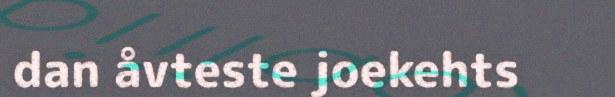
dan åvteste joekehts